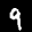
Label: 9